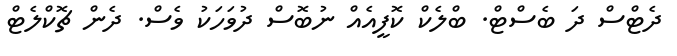
ދެޓްސް ދަ ބެސްޓް. ބްލެކް ކޮފީއެއް ނުބޮސް ދުވަހަކު ވެސް. ދެން ޗޮކްލެޓް